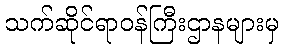
သက်ဆိုင်ရာဝန်ကြီးဌာနများမှ